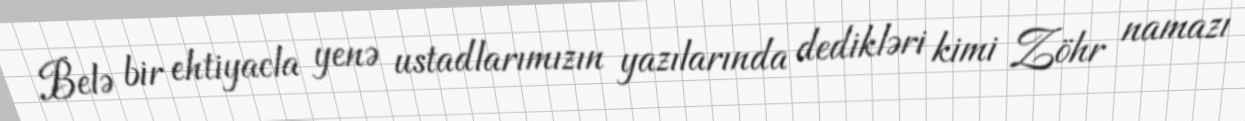
Belə bir ehtiyacla yenə ustadlarımızın yazılarında dedikləri kimi Zöhr namazı